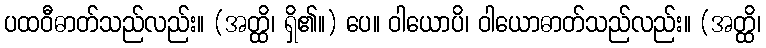
ပထဝီဓာတ်သည်လည်း။ (အတ္ထိ၊ ရှိ၏။) ပေ။ ဝါယောပိ၊ ဝါယောဓာတ်သည်လည်း။ (အတ္ထိ၊